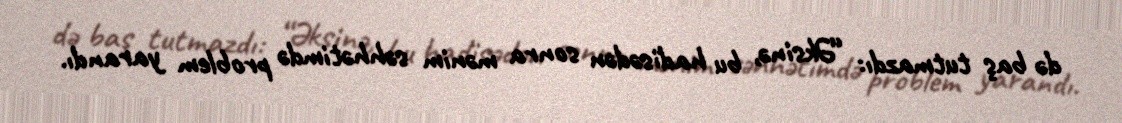
də baş tutmazdı: “Əksinə, bu hadisədən sonra mənim səhhətimdə problem yarandı.